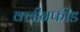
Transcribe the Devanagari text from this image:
क्लीनफीड